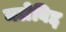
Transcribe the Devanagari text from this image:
मलेबिद्द